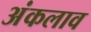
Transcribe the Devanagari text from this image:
अंकलाव